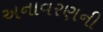
અનાવરણની